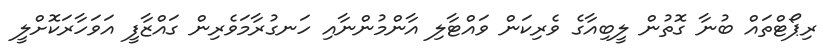
ރިޕޯޓްތައް ބުނާ ގޮތުން ލީބިއާގެ ވެރިކަން ވައްޓާލި އާންމުންނާއި ހަނގުރާމަވެރިން ގައްޒާފީ އަވަހާރަކޮށްލީ